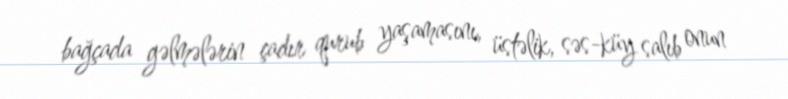
bağçada gəlmələrin çadır qurub yaşamasını, üstəlik, səs-küy salıb onun